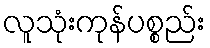
လူသုံးကုန်ပစ္စည်း